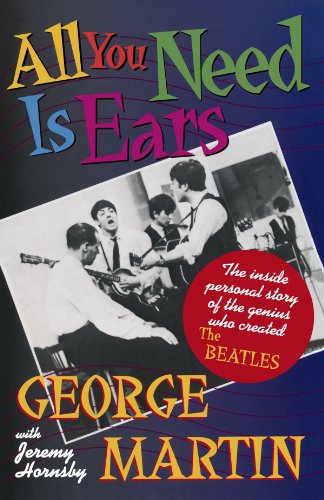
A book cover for All You Need Is Ears: The inside personal story of the genius who created The Beatles; George Martin; Humor & Entertainment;